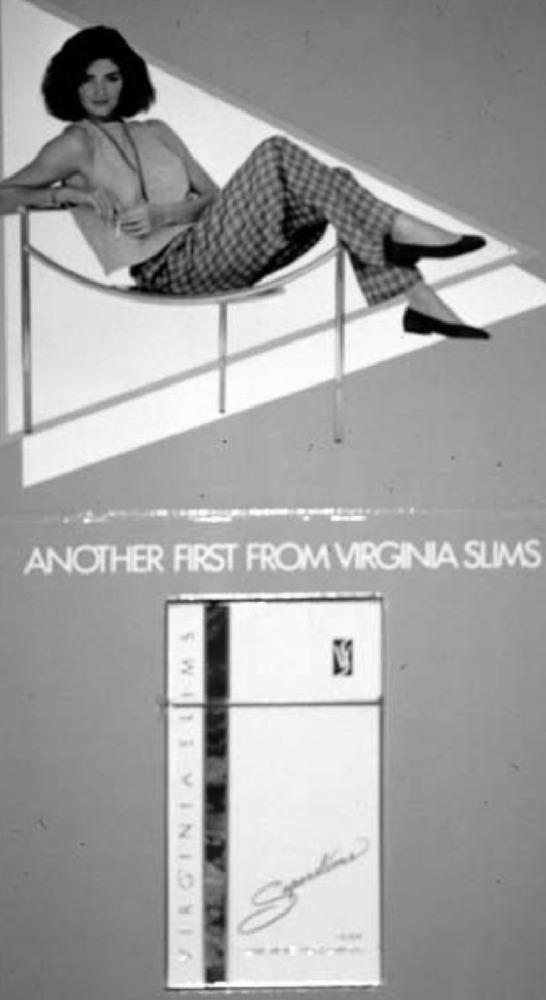
ANOTHER FIRST FROM VIRGINIA SLIMS